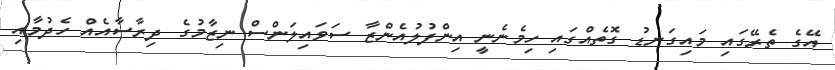
އޭގެ ތެރޭގައި މައިގަނޑު ގޮތެއްގައި ހިމެނެނީ އިންފުލުއެންޒާ ސަވައިލަންސް ނިޒާމުގެ ދިރާސާއެއް ހެދުމާއި